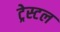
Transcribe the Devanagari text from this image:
ट्रेस्टल